Tezpur Lunatic Asylum reports 1895-1904 - 1895-1904
Year: 1895
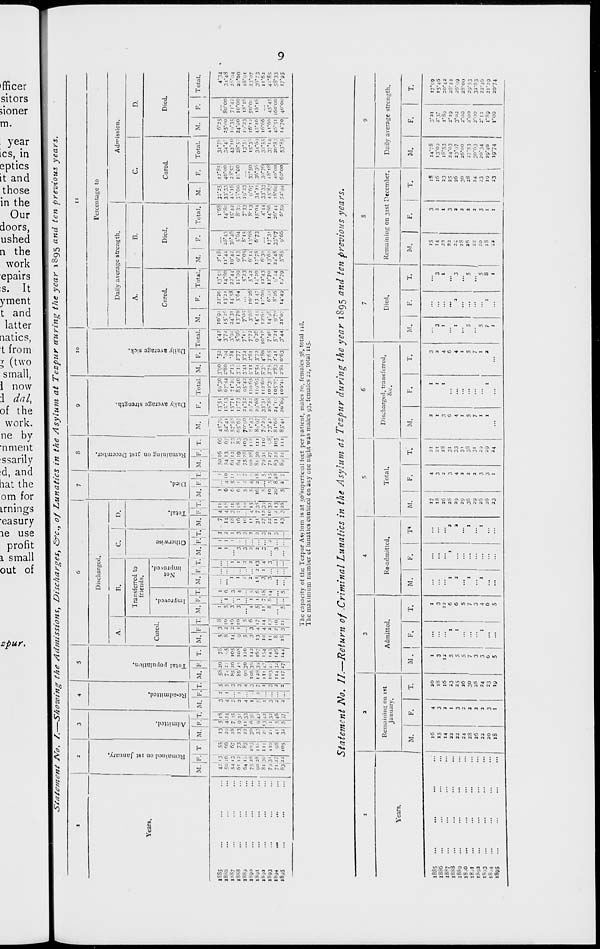
00 CC X 7- f» CC CO M CO CO 00
1
»o . oov - -JO 00 'JO 00 CO
Ui^U u«0O 00*0 ON in
8
ft IO to to to to tO hO MI M MI
CO O to OS CO 4* to U * 'j| 0\
5»
73
»|
c 5'
p TO
'< 0
• a
-
►* Co W to U UU H k) OJ 4*
r 5
*+ to KIIOOIU)J»NMU
1C Co o>. CCOOSjtCoChOCO
H
IrtOwuSUiUlUt t- CO f«
r 3
>
c
3
CO
1
:
- :
:
:
H M :
:
:
Ui 0>4* W^ Ol OO IJU H
J-i
5
:
- :
„ :
vo « =
:
:
c>
a
p
a.
3
a.
*■
■
M '
.*.
:: ~: ~: „ M
: : :
H
U IJ )0 !H) K) IJ IJ tJ H H
W OCMC ON \0 vo WO CO^l
s
H
0
EL
Ol
w UU W to U4k U MU>
*J
l-i W i
CO Co CO '-.) CO Vi I
1.;
4*. O <-■ M GO -- Co •-■ CC •* ft
H
MI wSU N4» ON CO "t M
3
5
TO
p
a.
H
MMH
ja
U MI vj IJ, MI JX ON4> UU
H
N M Ul ' Ul
»-t
<- CO
O
-
i J • : : j i : :
w OO'Ji
Cn "
lo *
HU'
C •_ i) lo fcj »j lo u tj >-. M.
to CO O Kl Ox CO 4 . i J W-M;i
2
50
1
p
TO
O
3
1 a-
CO
M HU U IJ IJ u J w i."v;
U O U4* COO ?I'JI'.J ON 00
M *- »0 CO tJ W W (J M - MI
<0 O O O *»1 OU4. 0J Co 4»>
^J^U Oit/I 0{ o CM O * J
4- 0 4. U W O N U U - CO
5»
»
P
<S
3
TO
f>
3
TO
0
M M » tj !J u u tJ H u (,:
O CO — GOOCf»GoCow
O v© u O O O lo O C- * l ft
f,
U to 10 IO to w U to U M M
o — u WO MOCJiOUiS
v.| Igi. Ox 'JI O O lo 4* J- D
■** vQ ON Co lo CO W i. CiO
H
Co
*■*.
Si
3
V,
V,
>3
^
"•*,
f
Si
<-•►.
Co
*».
<x»
CO
vo
c->
to
co oc cc a oc a co co 7. 00 co
**. *c NO 0 0 0 00 go 00 en co
Ol* U M IM O «L. 00^4 C Ol
I
-
co -vi ^ COOM a a 'JI 01 4»
Co - ^ « O Ji * — *- CO
lv 1. U Li U 10 » - - -• -
KJ *-1 - O 09 00*O tJU C- Co
H
Remnined on ist January,
O O <-« — — O 00*^1 Os 0\ C/l
Ul 00 O ** **'" Cv Co CO v.! O Ji
U 4k K) K> Co C> U U lo (Oh*
to — - " I,) 2 W W OC-CU
Admitted.
u
in Cit *• 0* <c r> — 0 ^ 4^ c/i
Uo4-U)*.4»LoCoOJ-^ to »-
**0 Q\ lo to ^ C^ LO M Ot -U GO
10 M CO M 'JI « 4k lo M Jf» CO
Re-admitted.
4.
i : i : w » i .. I « w
*J UW — -4 Co 4k CO CO CM cn
H
••i - ui -
/: r> ? 0 'n ■-
:/
t^ _. ..
1- o- '->.> ^>
»-
1-
1-
>■>
c
Total population,
0.
4* 4- i. •_,, O- 4* tj CO " *^
A.
C> 'JI 4* ^ 1 10 O JC CM CM CC
CCOO-^ OCoCoCn\04k cccn
cv
n
3
0
>
0
p
(13
a.
Oi
Co »J to 4k JU Co ^
— 10 to CO
tr s*
- 0 M * Cl a yi 0 c> 0 co
H
0 (i
3S
X P
pa
CM"
CC-CM4>"
CoCOCfi-
Improved,
3
S g
0
a
p
C/l.!
4k. 00 ON -J- : 4k U Ox -
3o
3 •»
O -C
* : u ^ 5 M M M M : :
5>
Not
improved.
:
:
:
- to :
:
:
:
"
:
:
:
CJ 4k co u 10 — — :
:
CO*
C) N N U O '
MI M
Otherwise
:
C-i to C^ to 10 Lo CO — K> W
0 _.
ft,
U) * U M « - O 3\ V. 4. -O
f
Total.
a
Co lo O *.o *-3 4> -
* > CJ 4* 4*
H
c>u 1- v coin O v; — v —
§1
CM C O 'JI CN 'JI 'JI ON C* ON '-•
Died.
-
(it
n WJI !
to 4* to — cn -I* t
H~
0 ri
"•O jt Ci Cii ic ; *^i ^ 1 — O —
CO 00-0 -^i COO vi O ON Cn CM
C Co « 0 —_Q cn 4- - 4* O
1-1 i-i u 00 C-) U 'J — — — —
10 w vi - 0 M *A NO u w ON
r
Remaining on 31st December,
CO
_T1
« 0 ■ - « M - 0 OOM o\ a
H ui M C - "/: Lo C> Ci *-J ON
CCX'-4 vi CO 7.*4 Oi cn cn 4*
C/i — Co C C — O 'Ji vg to ji
4- O 4. to O 4- v~ Ov C11 ■*- " i
— M w t) M 1.) O vt v: — O
—
35i
P c'
r. 3
1'
~o
OJ 3
* SL
t? S
r. »
u 3
M
10 to to Co to to to — — — «
C 4* or; Co O O 4^ *v1 Co in Co
ON — COCO O* to 'JI vj vi — Cn
O :: a. -* 00 u 10 co — Co —
OOO — M w *C COvj C\Cn
\j<- 'JI 10 10 C O CM UJ —I VJ -O
1-" CCCO Oi OA ON4> 4- 10 J. Co
r- - i 0 O 'JI 'JI 10 O •£ 4* O
IT
p
Daily average strength.
10 10 Co CM 'Ji JI Co Co to ,J Co
CO CO --1 Co" Ut I-' 4*" >-.' — CO O*
- Co 'Jt /■ *- ft MI O Co O O
V
Daily average sick.
0
O hi Co 4> CO 10 Co 10
a
t
Oi 4** ON CO -1* Oi vi vj* -VD v. C/i
Co « Jl O '0 — 4* V| MI 4- 10
p
V' 0
CO Ol vi 0 O v] vj CM CO CO 4>
4> to" 4-' —* K»* vj — O O vi 4k
4k 4* O T ON lo •> CN 1- -<- »0
H
c
p
CO
M 0 4> W A CO "v> 10 4> C/l O
0 *^' c a J* Oi 0 vi co 1.' vo"
'H
0
5L
rx
>
p
p
p
TO
3
TO
3
P
TO
O
4*. CO ON IJ CO O * Cn 4- W M
4k 10' w O 4V to"
Oi CM* to" to
o o u c -J a
* co- o
u to J- CM 'Jl •-• U 4* Co
vt" 4-* "O* 4.' lo 4-* lo" lO 4*" J*> 1-"
vO 4> O CO O to Co O 4. O 3
Cn -t- Co ON -' a^l O O f *o
C04- ONCOVJM. o-4*4- —
'JI DO to O CO i- JI Co io 1* CO
71
H
u
u
c co vi : o) co oo en CK o^:
Oi O* Co* ' vi ON -' d+. +» '
ON vj —
CO JJ Ji 4- ON '-»
O Ox 4k 4*. 'Jl CO vi CO 'JI 4- —
'Ji 4- ON J-* O - v\*> Co 4- CO ON
V04- Oii- i. U Co .
u O'JO
'Jl -• 4k CO CO
•- Co 4- CO to
t-j cn'JI co 4k o o taj >■ W fc,
#
vC* Ox O0(j IO" O*. IJ O f Co U
■t. O CO CJ - v| Ci O OMO CM
2
n
3
p
>
3.
2_
0'
3
Ox i f. c-J CO CO .
M U^A
O O Co O ON vi '
o eg O IJ
O O* —* vj OJ (Ji
O 'ji O VJ
o o x a J» o
o -i o 'JI
tn to CO CO CO >- M to 4* 0J CO
Co O " i ij J— 'Jl C.J CO U 4- A-
00 CO — CM OI CO CM CM « 4fc vj
H
p
w+,^ H4*«NW- 10
4- J. H o> IJ a . 4> ; Ol 0\
v) .JI o> a ■* « to O Co - IO
O -• O' ON C5 I- CO O 'Ji C CM
2
a
S'
p
4>0*N4k
-tHMiMvlCO,
O o 'J> •
Cr O V. O M. O .
O O 4k.
— O* « O 4-' O*
C O JI
r r ■'
v- O tJ O
r 13
H
0
P
MI 'JI 4- f LO U ■* W 10 Co
vi 00 u « ON CJ CO C
y. M 4W
OCOCQO-ICC OC4-CO
Ol CO Jl 10 CJ v| MI O 4* J-4-
it v.
N
^1
S3
S
jo
&l
W
fx
fe. I
.«o
^
^
S
h
K
5t
to
^
I
a
00
vo
01
a
ft